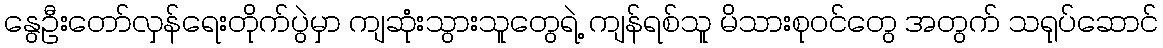
နွေဦးတော်လှန်ရေးတိုက်ပွဲမှာ ကျဆုံးသွားသူတွေရဲ့ ကျန်ရစ်သူ မိသားစုဝင်တွေ အတွက် သရုပ်ဆောင်